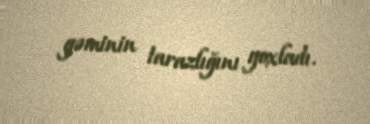
gəminin tarazlığını yoxladı.